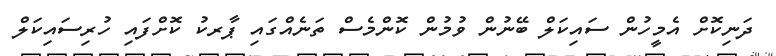
ދަނިކޮށް އެމީހުން ސައިކަލް ބޭނުން ވުމުން ކޮންމެސް ތަނެއްގައި ޕާރކު ކޮށްފައި ހުރިސައިކަލް